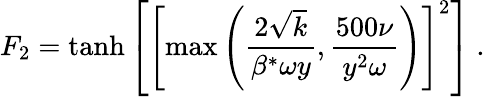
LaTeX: F_{2}=\operatorname{tanh}\left[\left[\operatorname*{max}\left(\frac{2\sqrt{k}}{\beta^{*}\omega y},\frac{500\nu}{y^{2}\omega}\right)\right]^{2}\right]\mathrm{~.~}